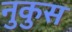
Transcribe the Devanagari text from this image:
नुकुस